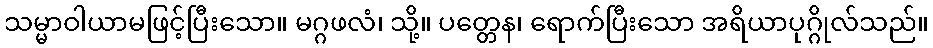
သမ္မာဝါယာမဖြင့်ပြီးသော။ မဂ္ဂဖလံ၊ သို့။ ပတ္တေန၊ ရောက်ပြီးသော အရိယာပုဂ္ဂိုလ်သည်။